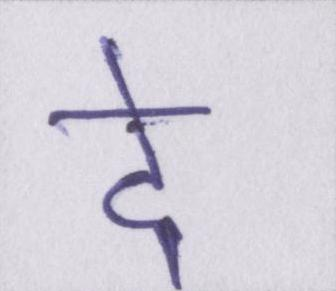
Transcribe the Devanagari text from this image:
दे